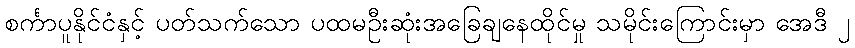
စင်္ကာပူနိုင်ငံနှင့် ပတ်သက်သော ပထမဦးဆုံးအခြေချနေထိုင်မှု သမိုင်းကြောင်းမှာ အေဒီ ၂